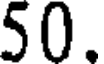
50.